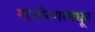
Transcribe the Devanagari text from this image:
गांधीनगरमधून